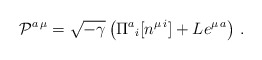
\begin{align*}{\cal P}^{a\,\mu} = \sqrt{-\gamma}\left( \Pi^a{}_{i}[ n^{\mu\,i}] + L e^{\mu\,a}\right)\,.\end{align*}